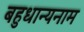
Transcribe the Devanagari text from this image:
बहुधान्यनाम